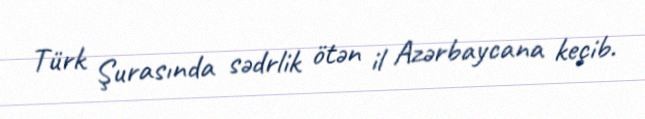
Türk Şurasında sədrlik ötən il Azərbaycana keçib.